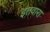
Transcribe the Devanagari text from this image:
इतवारा